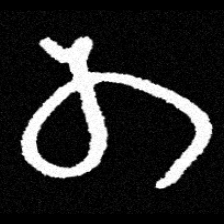
Pyu character \u2014 Myanmar letter: တ (romanized: ta)